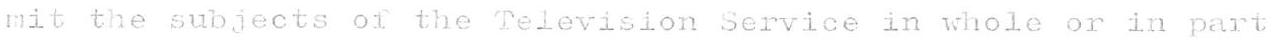
mit the subjects of the Television Service in whole or in part